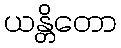
ယန္တိတော